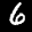
Label: 6